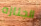
الجنازه